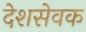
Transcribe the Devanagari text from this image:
देशसेवक